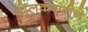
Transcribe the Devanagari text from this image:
मोलकरणीने